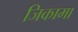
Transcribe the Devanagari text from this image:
जिकामा